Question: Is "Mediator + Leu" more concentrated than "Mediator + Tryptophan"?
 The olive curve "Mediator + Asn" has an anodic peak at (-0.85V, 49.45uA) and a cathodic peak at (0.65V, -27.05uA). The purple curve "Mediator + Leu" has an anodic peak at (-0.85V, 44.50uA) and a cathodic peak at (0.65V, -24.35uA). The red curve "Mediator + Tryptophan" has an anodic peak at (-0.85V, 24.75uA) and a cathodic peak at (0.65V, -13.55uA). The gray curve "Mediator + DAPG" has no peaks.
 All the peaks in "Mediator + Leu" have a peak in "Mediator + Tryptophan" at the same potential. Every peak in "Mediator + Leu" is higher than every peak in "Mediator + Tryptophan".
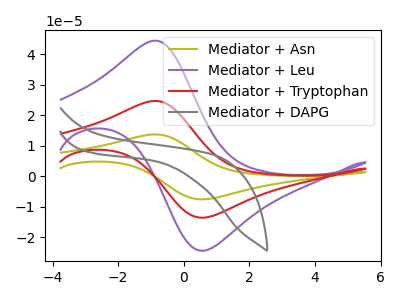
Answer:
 <answer>"Mediator + Leu" has more signal than "Mediator + Tryptophan" and so likely has a higher concentration.</answer>
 <eval>more_concentration</eval>